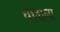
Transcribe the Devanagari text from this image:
धावाला